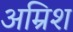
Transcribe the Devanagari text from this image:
अम्रिश